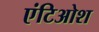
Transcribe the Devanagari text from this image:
एंटिओश